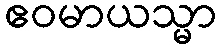
ဧဝမာယသ္မာ